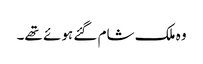
وہ ملک شام گئے ہوئے تھے۔